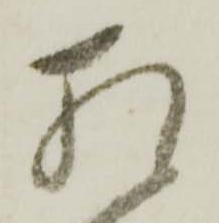
相